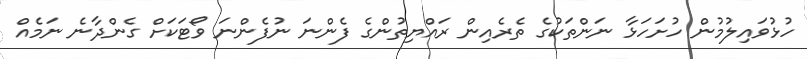
ހުޅުވައިލުމުން ހުށަހަޅާ ނަންތަކުގެ ތެރެއިން ރައްޔިތުންގެ ފެންނަ ނުފެންނަ ވޯޓަކަށް ގެންދާނެ ނަމެއް